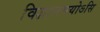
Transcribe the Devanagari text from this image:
विज्ञानमयोऽसि